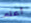
أعلم